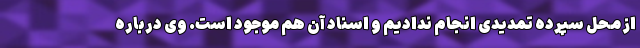
از محل سپرده تمدیدی انجام ندادیم و اسناد آن هم موجود است. وی درباره